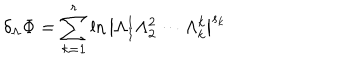
LaTeX: \delta _ { \Lambda } \Phi = \sum _ { k = 1 } ^ { r } \ln \left| \Lambda _ { 1 } ^ { 1 } \Lambda _ { 2 } ^ { 2 } \cdots \Lambda _ { k } ^ { k } \right| ^ { s _ { k } }